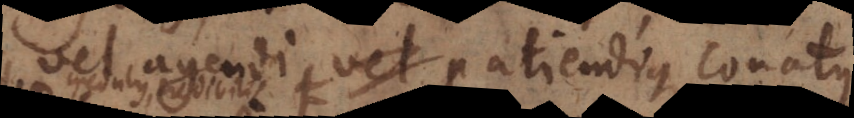
vel agendi patiendique conatus,